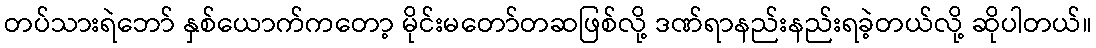
တပ်သားရဲဘော် နှစ်ယောက်ကတော့ မိုင်းမတော်တဆဖြစ်လို့ ဒဏ်ရာနည်းနည်းရခဲ့တယ်လို့ ဆိုပါတယ်။